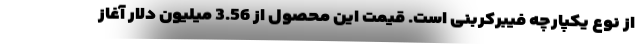
از نوع یکپارچه فیبرکربنی است. قیمت این محصول از 3.56 میلیون دلار آغاز